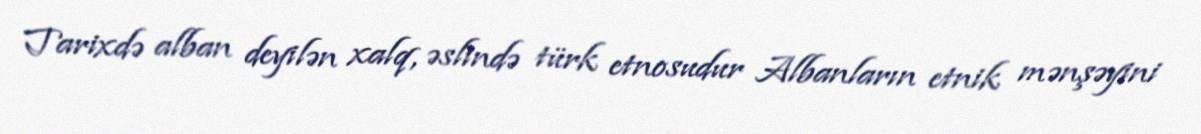
Tarixdə alban deyilən xalq, əslində türk etnosudur Albanların etnik mənşəyini